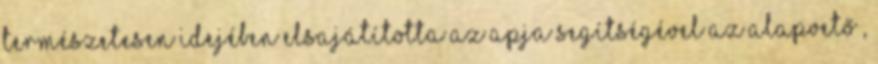
Természetesen idejében elsajátította az apja segítségével az alapvető ,